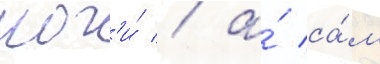
ног'и́ / а́ са́м